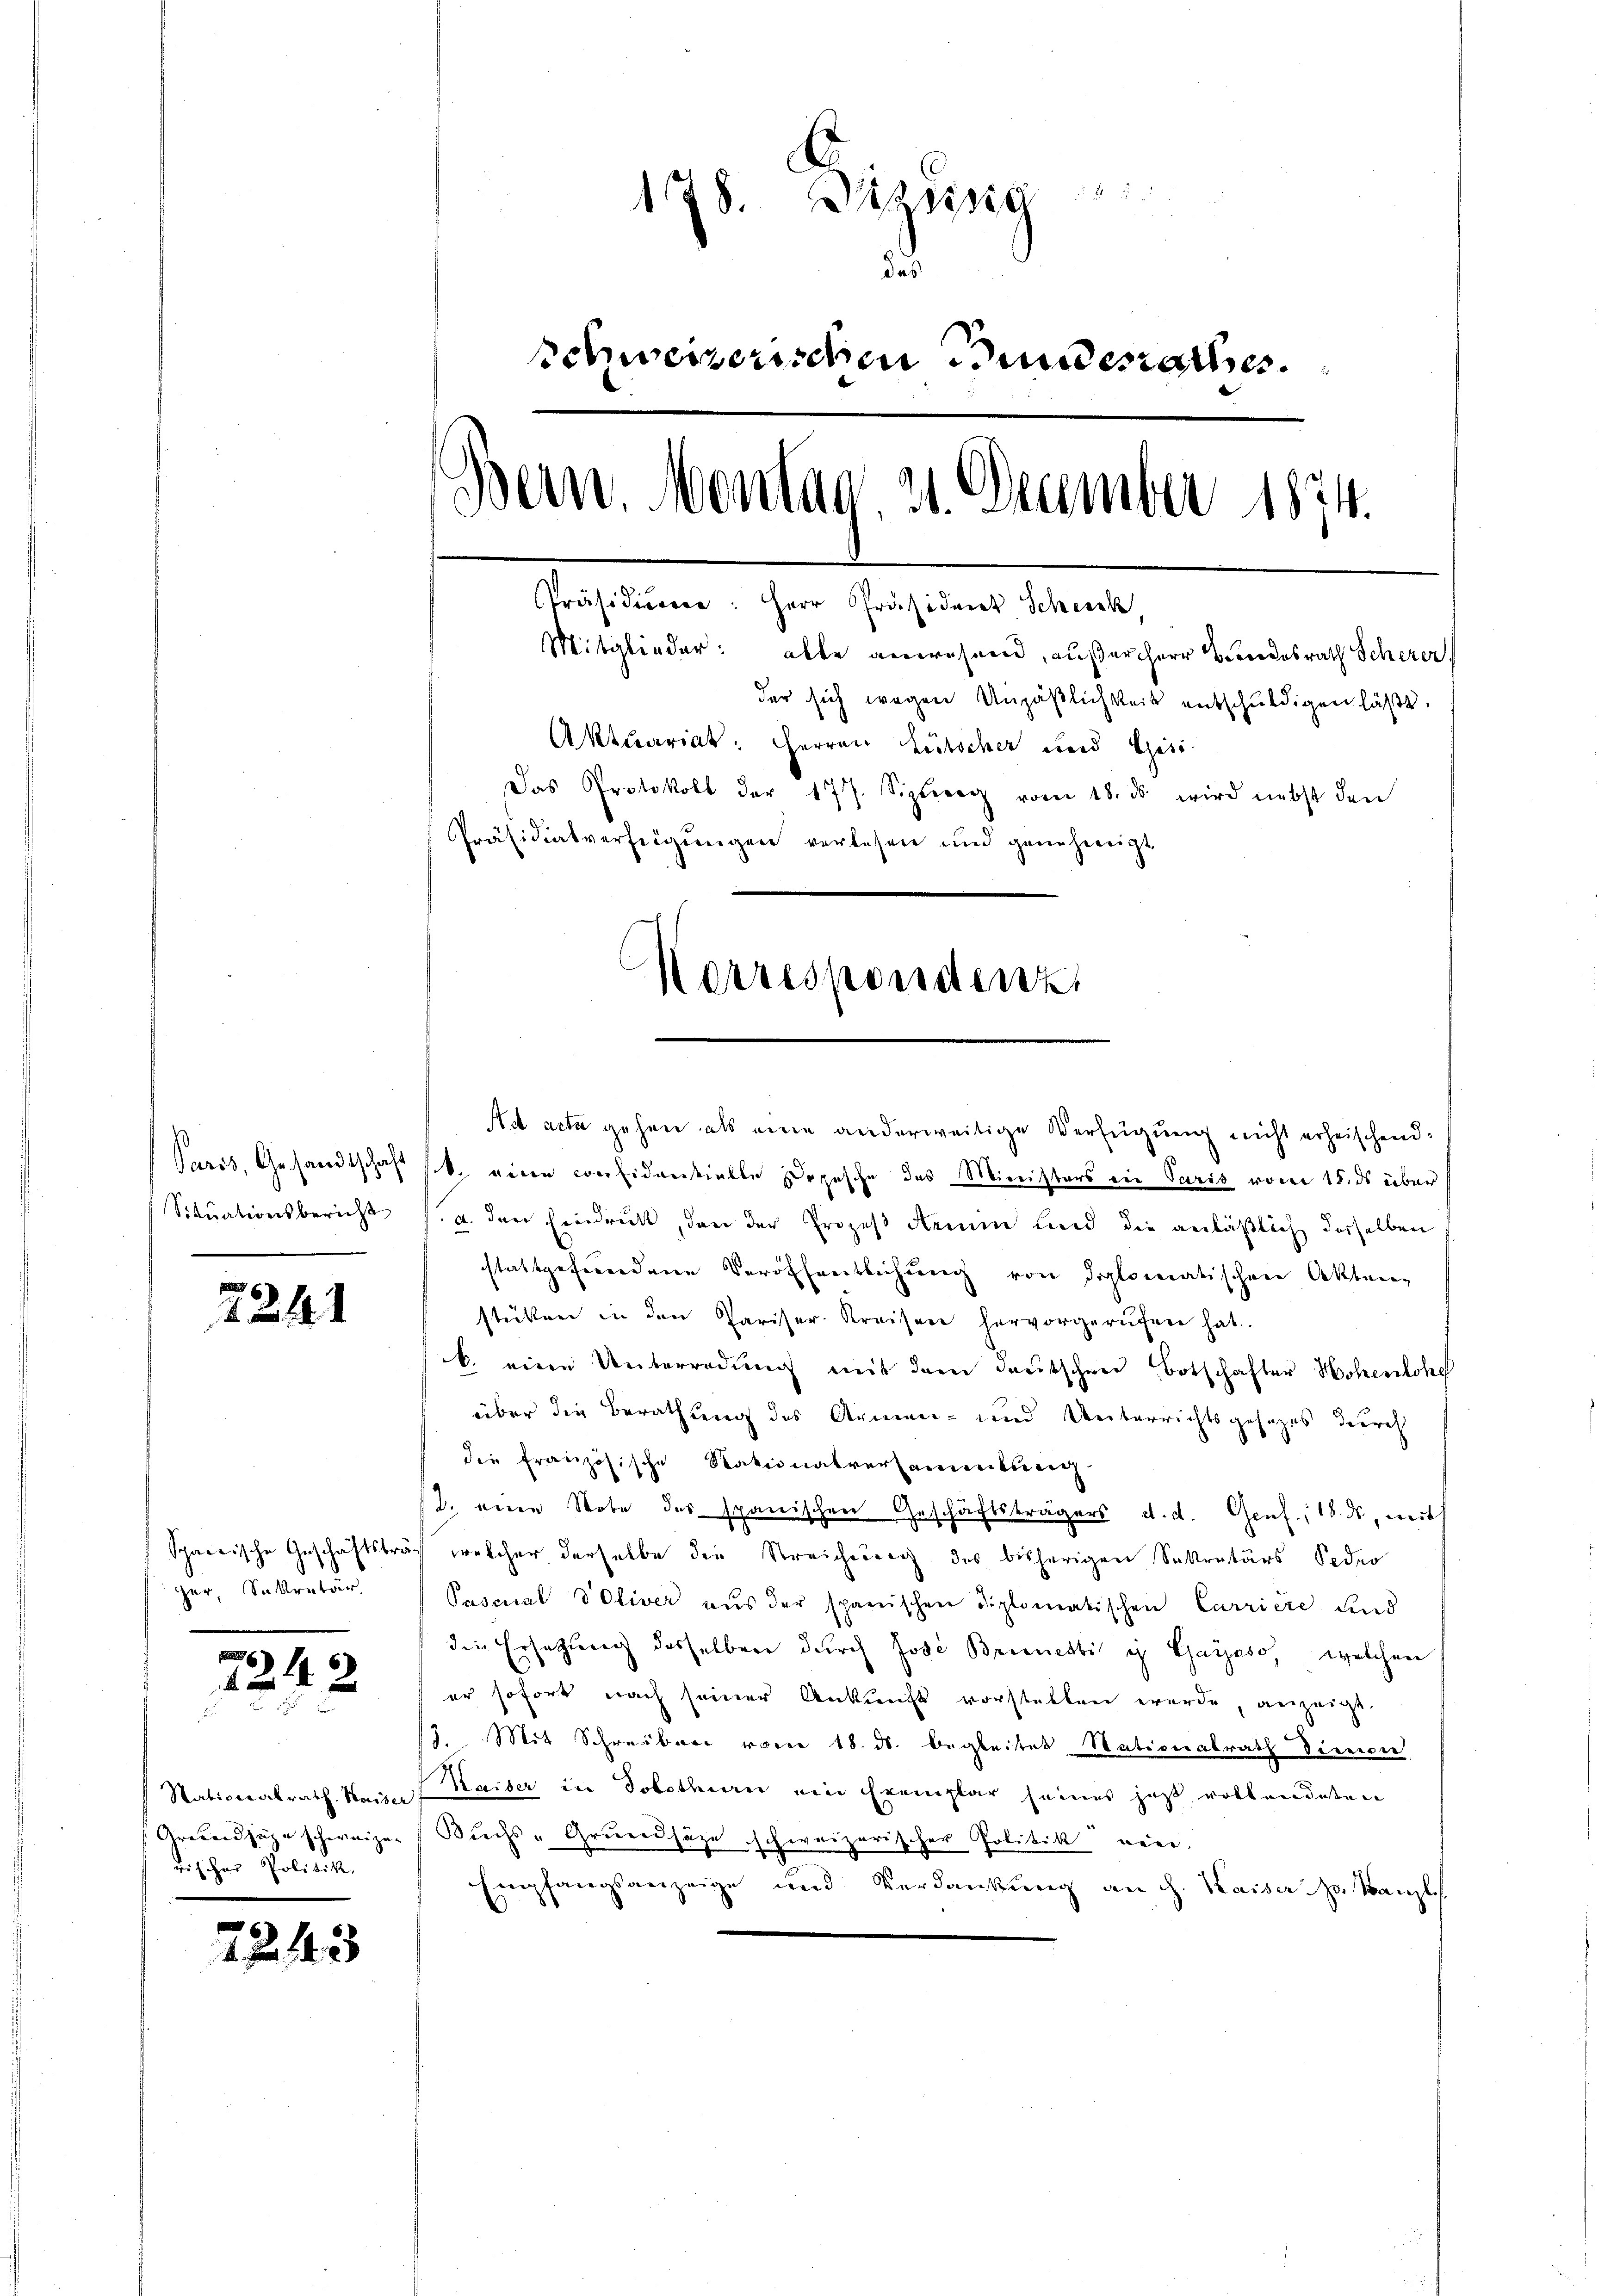
Paris, Gesandtschaft
Situationsbericht

2241

Spaerische Geschäftströ
ger, Sekretär

u
7242

Stationalrath. Kaiser
Grundzüge schweizen
rischer Politik.

2

21433

178. Bisig
d.
schweizerischen Bundesrathes.
Bern Montag. 21. December 1874.
Präsidieren: Herr Präsident Scheick
Mitglieder: alle anwesend, außerherr Bundesrath Scherer
der sich wegen Unpäßlichkeit entschuldigen läßt.
Aktuariat: Herren Lütscher und Gesi
Das Protokoll der 177. Sizig vom 18. ds. wird nebst den
Präsidialverfeigungen verlesen und genehmigt
Korrespondenz

Ad acta gehen als eine anderweitige Verfügung nicht erheischend:
sit, eine considantielle Depesche des Ministers ein Paris vom 15. ds über
a. den Eindruckt, den der Prozeß Aemin und die anläßlich derselben
stattgefundene Veröffentlichung von diplomatischen Akten
stükten in den Pariser-Kreisen hervorgerufen hat.
b. eine Unterredung mit dem deutschen Botschafter Hohenlohe
über die Berathung des Armen- und Unterrichtsgesezes durch
die französische Nationalversammlung
2. eine Note des spanischen Geschäftsträgers d. d. Genf., 18. ds, mit
ich welcher derselbe die Streichung des bisherigen Sekretärs Feder
Pascial VOliver aus der spanischen Diplomatischen Carriere, und
die Ersatzung desselben durch Jose Bedenenti i Gayaso, welchen
er sofort nach seiner Ankunft vorstellen werde, anzeigt
13. Mit Schreiber vorne 18. ds. begleitet Nationalrath dienen
Kaiser in Solothurn eine Exemplar seines jetzt vollendeten
Buchs-Grundsätze schweizerischer Politik wäre.
Empfangsanzeige und Verdankung an dh. Kaiser Hr. Kanzlis